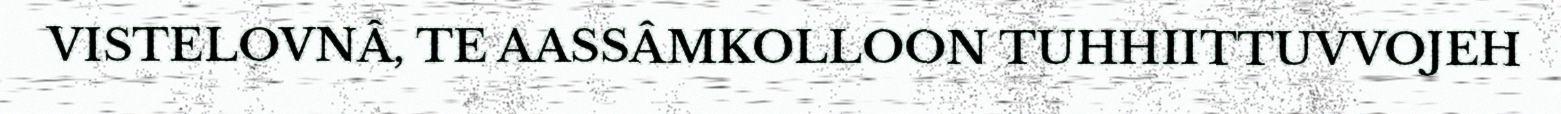
VISTELOVNÂ, TE AASSÂMKOLLOON TUHHIITTUVVOJEH